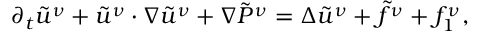
\begin{array} { r } { \partial _ { t } \tilde { u } ^ { \nu } + \tilde { u } ^ { \nu } \cdot \nabla \tilde { u } ^ { \nu } + \nabla \tilde { P } ^ { \nu } = \Delta \tilde { u } ^ { \nu } + \tilde { f } ^ { \nu } + f _ { 1 } ^ { \nu } , } \end{array}